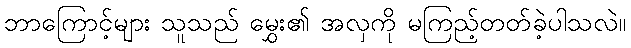
ဘာကြောင့်များ သူသည် မွှေး၏ အလှကို မကြည့်တတ်ခဲ့ပါသလဲ။